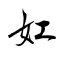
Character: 妅